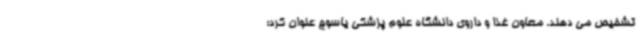
تشخیص می دهند. معاون غذا و داروی دانشگاه علوم پزشکی یاسوج عنوان کرد: